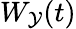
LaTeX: W_{\mathcal{Y}}(t)